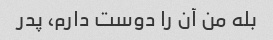
بله من آن را دوست دارم، پدر